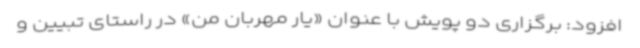
افزود: برگزاری دو پویش با عنوان «یار مهربان من» در راستای تبیین و